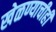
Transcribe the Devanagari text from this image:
खेळण्याचीही